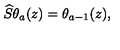
\widehat { S } \theta _ { a } ( z ) = \theta _ { a - 1 } ( z ) ,